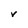
Character: V